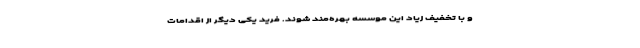
و با تخفیف زیاد این موسسه بهره‌مند شوند. فرید یکی دیگر از اقدامات